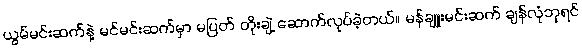
ယွမ်မင်းဆက်နဲ့ မင်မင်းဆက်မှာ မပြတ် တိုးချဲ့ ဆောက်လုပ်ခဲ့တယ်။ မန်ချူးမင်းဆက် ချန်လုံဘုရင်